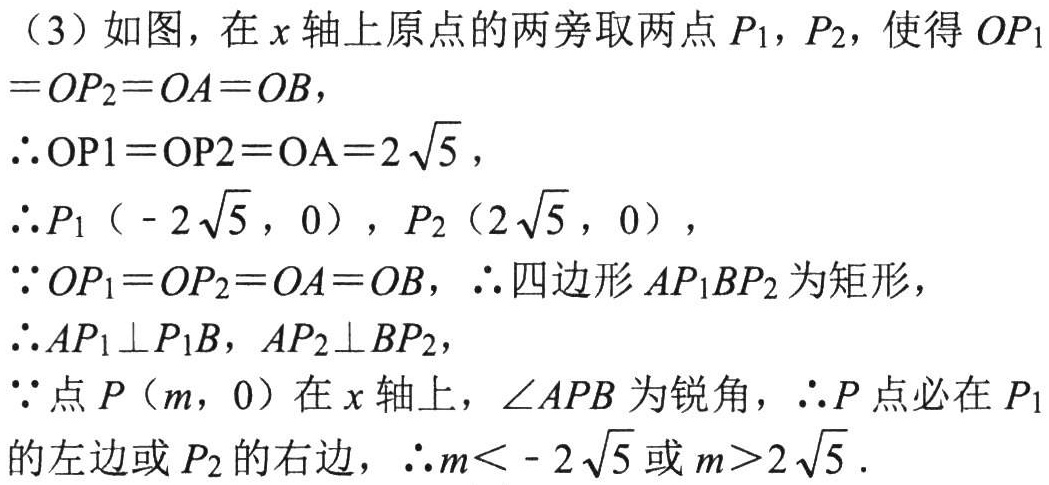
（3）如图，在\(x\)轴上原点的两旁取两点\(P_1\)，\(P_2\)，使得\(OP_1 = OP_2 = OA = OB\)，
\(\therefore OP_1 = OP_2 = OA = 2\sqrt{5}\)，
\(\therefore P_1(-2\sqrt{5},0)\)，\(P_2(2\sqrt{5},0)\)，
\(\because OP_1 = OP_2 = OA = OB\)，\(\therefore\)四边形\(AP_1BP_2\)为矩形，
\(\therefore AP_1\perp P_1B\)，\(AP_2\perp BP_2\)，
\(\because\)点\(P(m,0)\)在\(x\)轴上，\(\angle APB\)为锐角，\(\therefore P\)点必在\(P_1\)的左边或\(P_2\)的右边，\(\therefore m < - 2\sqrt{5}\)或\(m > 2\sqrt{5}\).